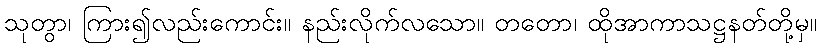
သုတွာ၊ ကြား၍လည်းကောင်း။ နည်းလိုက်လသော။ တတော၊ ထိုအာကာသဋ္ဌနတ်တို့မှ။